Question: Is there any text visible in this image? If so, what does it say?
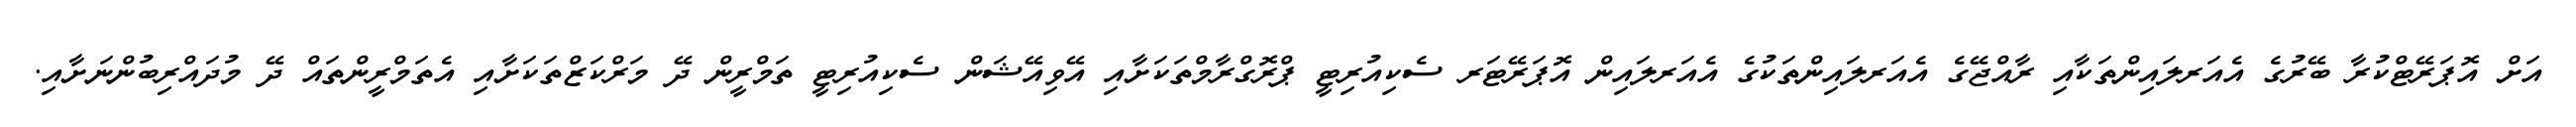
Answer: އަށް އޮޕަރޭޓްކުރާ ބޭރުގެ އެއަރލައިންތަކާއި ރާއްޖޭގެ އެއަރލައިންތަކުގެ އެއަރލައިން އޮޕަރޭޓަރ ސެކިއުރިޓީ ޕްރޮގްރާމްތަކަށާއި އޭވިއޭޝަން ސެކިއުރިޓީ ތަމްރީން ދޭ މަރްކަޒްތަކަށާއި އެތަމްރީންތައް ދޭ މުދައްރިބުންނަށާއި.